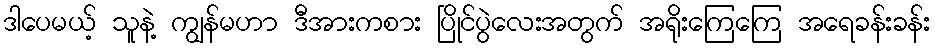
ဒါပေမယ့် သူနဲ့ ကျွန်မဟာ ဒီအားကစား ပြိုင်ပွဲလေးအတွက် အရိုးကြေကြေ အရေခန်းခန်း